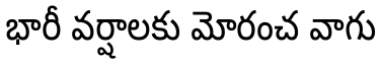
భారీ వర్షాలకు మోరంచ వాగు